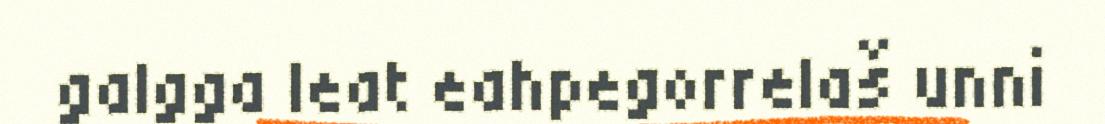
galgga leat eahpegorrelaš unni